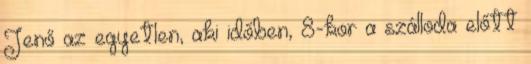
Jenő az egyetlen, aki időben, 8-kor a szálloda előtt